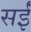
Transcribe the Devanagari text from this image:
सईं